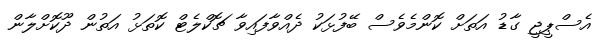
އެސްޕީޖީ ގާޑު އަތަށް ކޮންމެވެސް ބޭފުޅަކު ދެއްވާފައިވާ ޗޮކްލެޓް ކޮތަޅު އަތުން ދޫކޮށްލާން